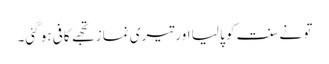
تو نےسنت کو پا لیا اور تیری نماز تجھے کافی ہو گئی۔